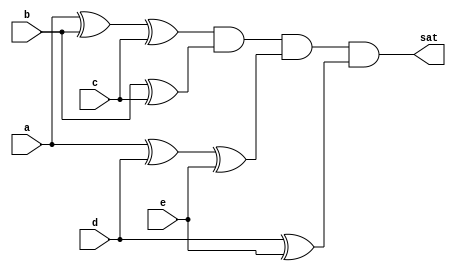
module test5 (a, b, c, d, e, sat);
  input  a, b, c, d, e;
  output sat;
  wire w0, w1, w2, w3;
  assign w0 = a ^ b ^ c;
  assign w1 = b ^ c;
  assign w2 = a ^ d ^ e;
  assign w3 = d ^ e;
  assign sat = w0 & w1 & w2 & w3;
endmodule